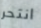
انتحر